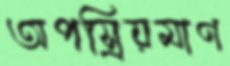
অপস্রিয়মাণ